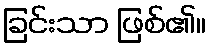
ခြင်းသာ ဖြစ်၏။